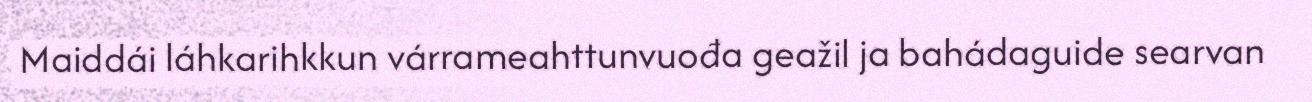
Maiddái láhkarihkkun várrameahttunvuođa geažil ja bahádaguide searvan